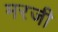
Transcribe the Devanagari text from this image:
मरजी